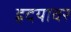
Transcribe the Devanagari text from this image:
ह्रदयावर